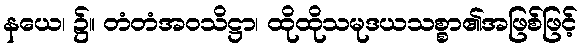
နယေ၊ ၌။ တံတံအဝသိဋ္ဌာ၊ ထိုထိုသမုဒယသစ္စာ၏အဖြစ်ဖြင့်